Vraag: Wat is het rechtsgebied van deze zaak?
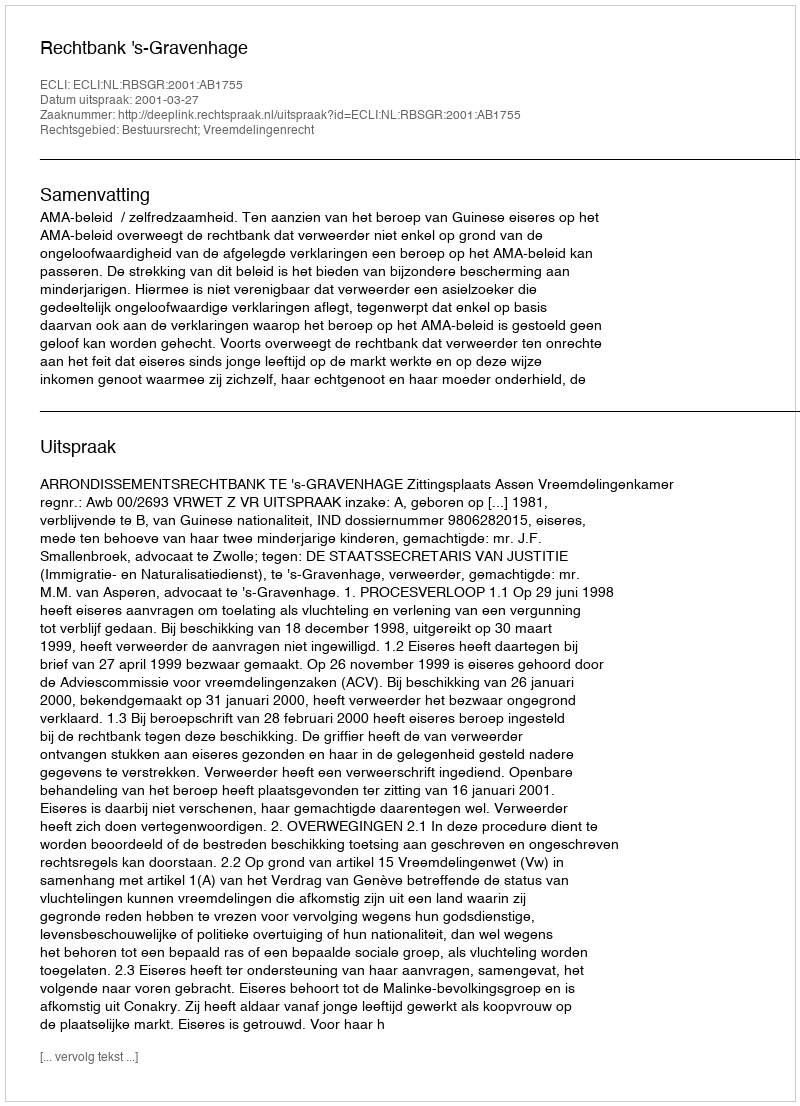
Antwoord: Bestuursrecht; Vreemdelingenrecht